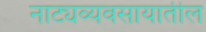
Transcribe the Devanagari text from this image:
नाट्यव्यवसायातील